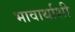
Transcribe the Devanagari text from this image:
भावार्थाशी